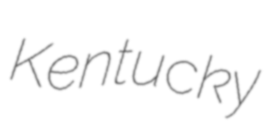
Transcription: Kentucky